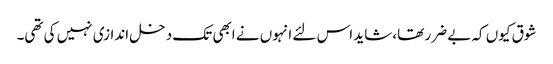
شوق کیوں کہ بے ضرر تھا، شاید اس لئے انہوں نے ابھی تک دخل اندازی نہیں کی تھی۔